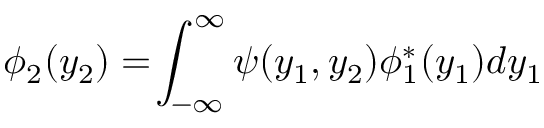
\phi _ { 2 } ( y _ { 2 } ) = \! \int _ { - \infty } ^ { \infty } \psi ( y _ { 1 } , y _ { 2 } ) \phi _ { 1 } ^ { * } ( y _ { 1 } ) d y _ { 1 }